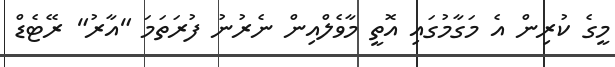
މީގެ ކުރިން އެ މަގާމުގައި އޮތީ މާވެލްއިން ނެރުނު ފުރަތަމަ "އާރު" ރޭޓެޑް